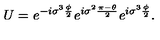
U = e ^ { - i { \sigma } ^ { 3 } \frac { \phi } { 2 } } e ^ { i { \sigma } ^ { 2 } \frac { \pi - \theta } { 2 } } e ^ { i { \sigma } ^ { 3 } \frac { \phi } { 2 } } .